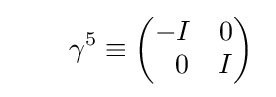
\qquad \gamma ^{5}\equiv {\begin{pmatrix}-I&0\\~~0&I\end{pmatrix}}~